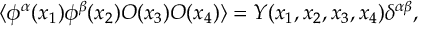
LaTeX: \langle \phi ^ { \alpha } ( x _ { 1 } ) \phi ^ { \beta } ( x _ { 2 } ) O ( x _ { 3 } ) O ( x _ { 4 } ) \rangle = Y ( x _ { 1 } , x _ { 2 } , x _ { 3 } , x _ { 4 } ) \delta ^ { \alpha \beta } ,